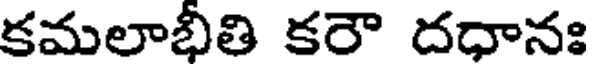
కమలాభీతి కరౌ దధానః